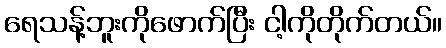
ရေသန့်ဘူးကိုဖောက်ပြီး ငါ့ကိုတိုက်တယ်။